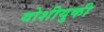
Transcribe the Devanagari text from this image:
योशीयुकी